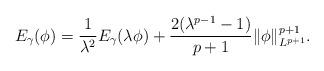
LaTeX: \begin{align*} E_\gamma(\phi) = \frac{1}{\lambda^2} E_\gamma(\lambda \phi) + \frac{2(\lambda^{p-1}-1)}{p+1} \|\phi\|^{p+1}_{L^{p+1}}. \end{align*}